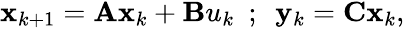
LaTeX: \begin{array}{r}{\mathbf{x}_{k+1}=\mathbf{A}\mathbf{x}_{k}+\mathbf{B}u_{k}\ \ ;\ \ \mathbf{y}_{k}=\mathbf{C}\mathbf{x}_{k},}\end{array}